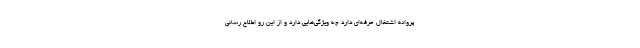
پروانه اشتغال حرفه‌ای دارد چه ویژگی‌هایی دارد و از این رو اطلاع رسانی